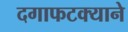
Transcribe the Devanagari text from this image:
दगाफटक्याने